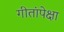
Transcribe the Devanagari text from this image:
गीतांपेक्षा